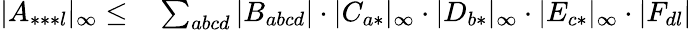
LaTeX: \begin{array}{rl}{|A_{***l}|_{\infty}\leq}&{{}\sum_{abcd}|B_{abcd}|\cdot|C_{a*}|_{\infty}\cdot|D_{b*}|_{\infty}\cdot|E_{c*}|_{\infty}\cdot|F_{dl}|}\end{array}